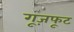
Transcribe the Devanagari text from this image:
गूज़फूट